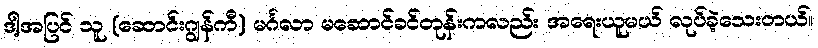
ဒါ့အပြင် သူ (ဆောင်းဂျွန်ကီ) မင်္ဂလာ မဆောင်ခင်တုန်းကလည်း အရေးယူမယ် လုပ်ခဲ့သေးတယ်။